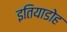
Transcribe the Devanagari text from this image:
इतियाडोह